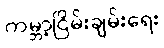
ကမ္ဘာ့ငြိမ်းချမ်းရေး